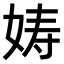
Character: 𫝩